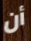
أن